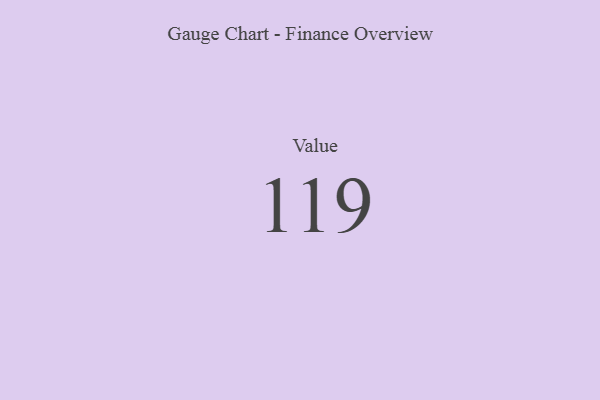
{"axis": {"x": "Metric", "y": "Value"}, "legend": [""], "data": [{"x": "Value", "y": 119, "type": ""}]}